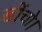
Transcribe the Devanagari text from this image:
खींचो।